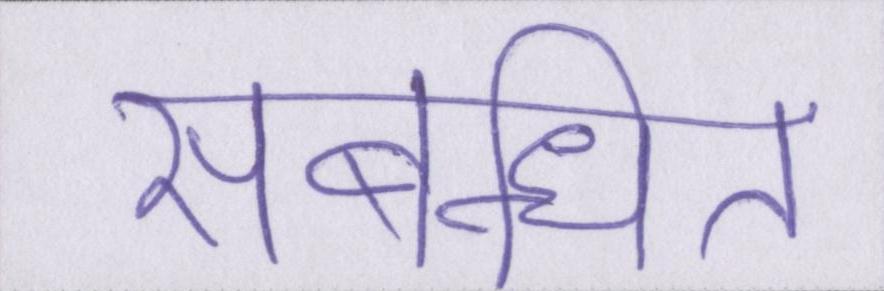
संबन्धित